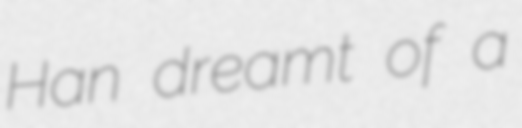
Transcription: Han dreamt of a